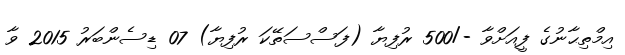
އިމްތިޙާނުގެ ފީއަށްވާ -/500 ރުފިޔާ (ފަސްސަތޭކަ ރުފިޔާ) 07 ޑިސެންބަރު 2015 ވާ